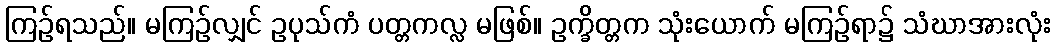
ကြဉ်ရသည်။ မကြဉ်လျှင် ဥပုသ်ကံ ပတ္တကလ္လ မဖြစ်။ ဥက္ခိတ္တက သုံးယောက် မကြဉ်ရာ၌ သံဃာအားလုံး